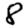
Digit: 8